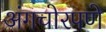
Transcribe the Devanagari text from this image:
अंगचोरपणे